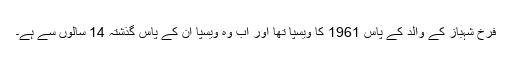
فرخ شہباز کے والد کے پاس 1961 کا ویسپا تھا اور اب وہ ویسپا ان کے پاس گذشتہ 14 سالوں سے ہے۔